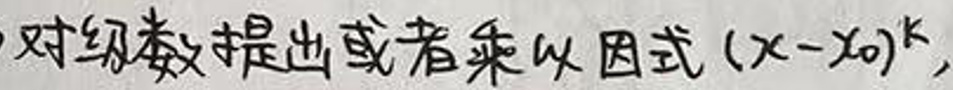
对函数提出或者乘以因式\((x - x_0)^k\)